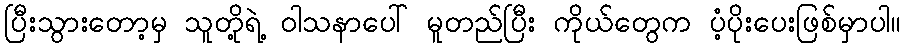
ပြီးသွားတော့မှ သူတို့ရဲ့ ဝါသနာပေါ် မူတည်ပြီး ကိုယ်တွေက ပံ့ပိုးပေးဖြစ်မှာပါ။